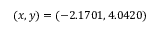
( x , y ) = ( - 2 . 1 7 0 1 , 4 . 0 4 2 0 )